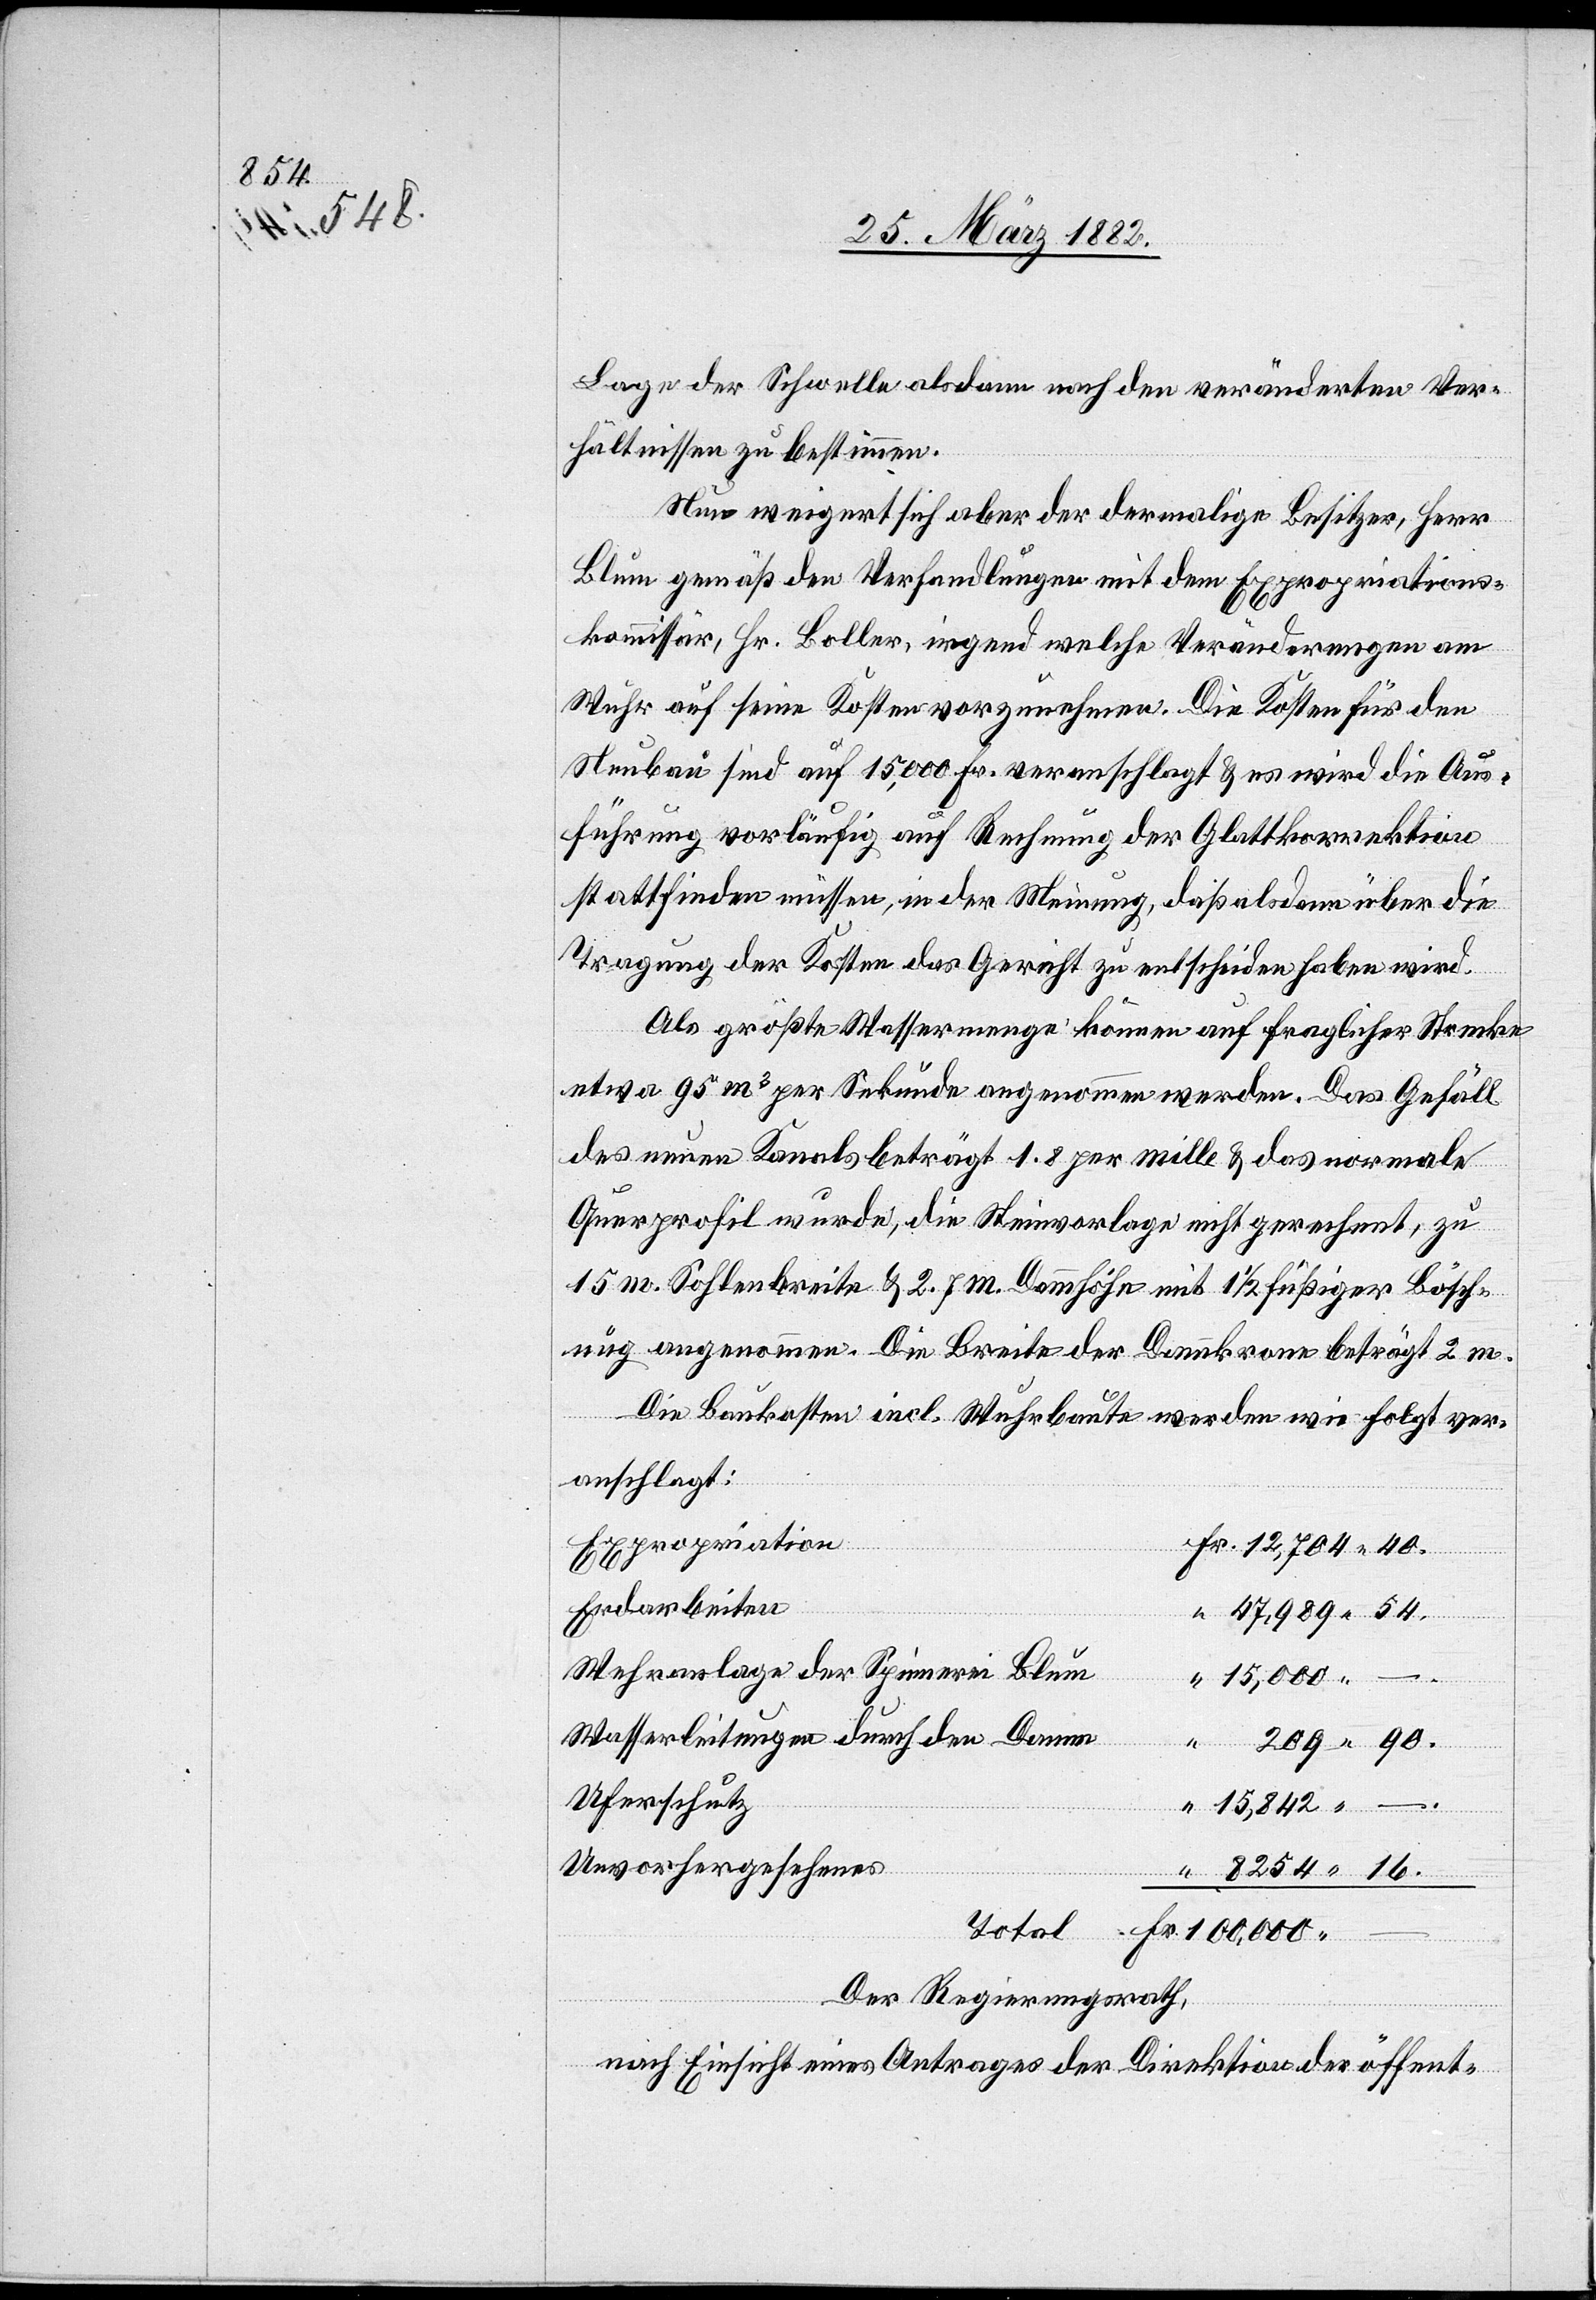
8254
16.

Lage der Schwelle alsdann nach den veränderten Ver¬
hältnissen zu bestimmen.
Neu weigert sich aber der dermalige Besitzer, Herr
Blum gemäß den Verhandlungen mit dem Expropriations¬
kommissär, Hr. Boller, irgend welche Veränderungen am
Wuhr auf seine Kosten vorzunehmen. Die Kosten für den
Neubau sind auf 15,000 Fr. veranschlagt & es wird die Aus¬
führung vorläufig auf Rechnung der Glattkorrektion
stattfinden müssen, in der Meinung, daß alsdann über die
Tragung der Kosten das Gericht zu entscheiden haben wird.
Als größte Wassermenge können auf fraglicher Strecke
etwas 95 m3 per Sekunde angenommen werden. Das Gefäll
des neuen Kanals beträgt 1,8 per Mille & das normale
Querprofil wurde, die Steinvorlage nicht gerechnet, zu
15 m Sohlenbreite & 2,7 m Dammhöhe mit 1 1/2 füßiger Bösch¬
ung angenommen. Die Breite der Dammkrone beträgt 2 m.
Die Baukosten incl. Wuhrbaute werden wie folgt ver¬
anschlagt:
Expropriation
Erdarbeiten
Wehranlage der Spinnerei Blum
15,000
Wasserleitungen durch den Damm
Uferschutz
“
15,842
Unvorhergesehenes
Der Regierungsrath,
nach Einsicht eines Antrages der Direktion der öffent-